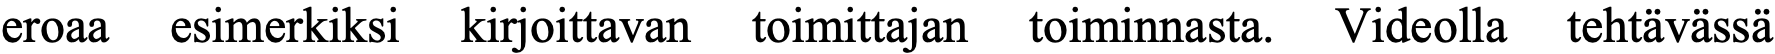
eroaa esimerkiksi kirjoittavan toimittajan toiminnasta. Videolla tehtävässä